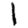
Digit: 1